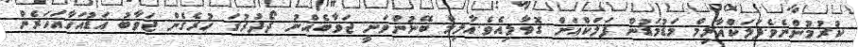
ކުރުމުންނެވެ.ފަލަކްއާލިމް މަޑުމަޑުން ފަލަކްއަށް ގޮވާލިއެވެ.އާލިމް ބޭނުންވަނީ ޖަވާބެއްނު ދޯދުރުގަ ހުރެގެން ޖަވާބު އަޑުއަހާއަހަރެން